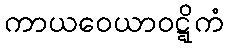
ကာယဝေယာဝဋ္ဋိကံ